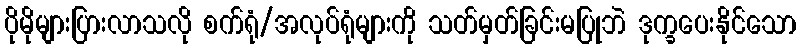
ပိုမိုများပြားလာသလို စက်ရုံ/အလုပ်ရုံများကို သတ်မှတ်ခြင်းမပြုဘဲ ဒုက္ခပေးနိုင်သော